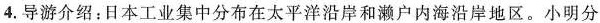
4.导游介绍：日本工业集中分布在太平洋沿岸和濑户内海沿岸地区。小明分